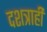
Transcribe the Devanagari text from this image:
दशत्राही